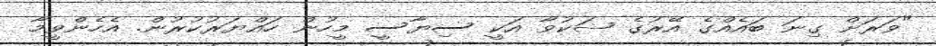
"ވަރަށް ގިނަ ބައެއްގެ އޭރުގެ ޝަކުވާ އަކީ ސިޔާސީ މީހުން ހައްޔަރުކުރުން. އެހެންވީމާ